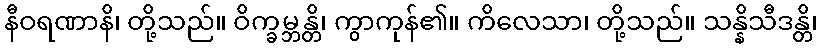
နီဝရဏာနိ၊ တို့သည်။ ဝိက္ခမ္ဘန္တိ၊ ကွာကုန်၏။ ကိလေသာ၊ တို့သည်။ သန္နိသီဒန္တိ၊